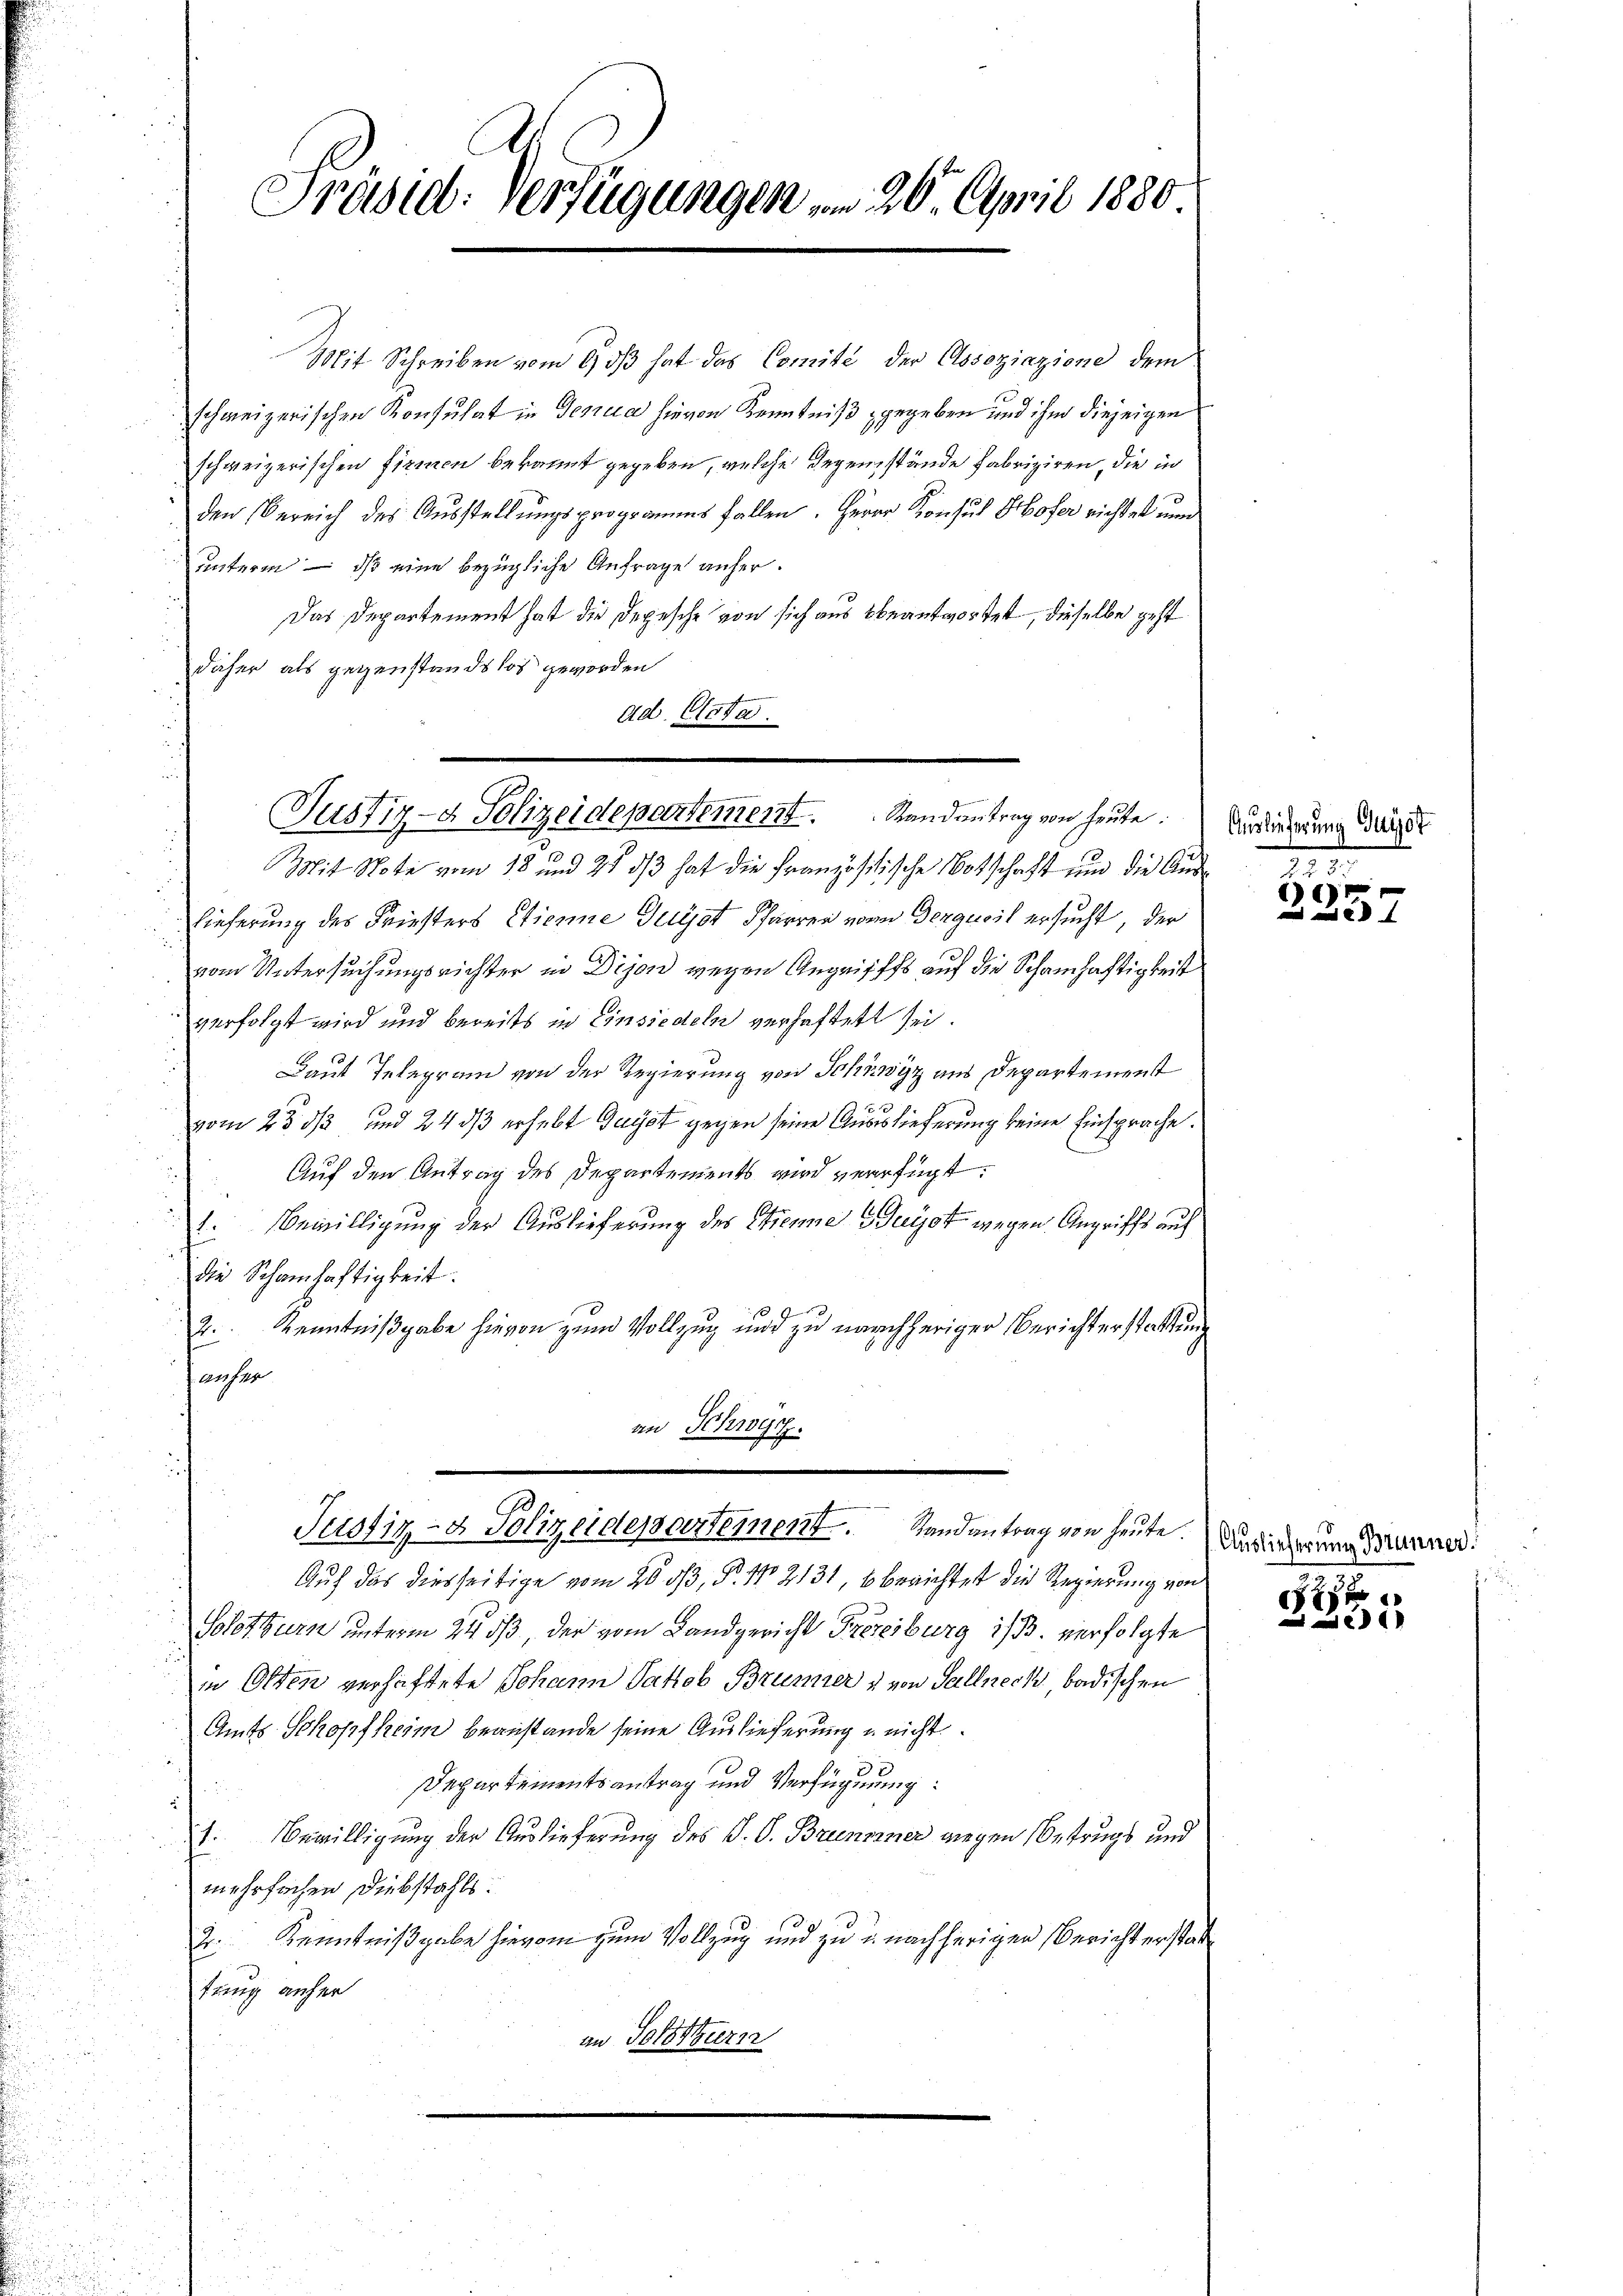
Präsid. Verfügungen vom 26. April 1880

Mit Schreiben vom 6. dβ hat das Comité der Assoziazione dem
schweizerischen Konsulat in Genua hievon Kenntniß gegeben und ihm diejeigen
schweizerischen Firmen bekannt gegeben, welche Gegenstände fabriziren, die in
den Bereich des Ausstellungsprogramms fallen. Herrn Konsul Hofer richtet und
unterm — daß eine bezügliche Anfrage anher.
Das Departement hat die Depesche von sich aus beantwortet, dieselbe geht
daher als gegenstandslos geworden
Ad. Urte
Mit Note vom 18 und 21 ds hat die Französische Botschaft und die Auslieferung des Friesters Etienne Guyst Pfarren von Derqueil ersucht, der
vom Untersuchungsrichter in Drien wegen Angriffes auf die Schamhaftigkeit
verfolgt wird und bereits in Einsiedeln verhaftett sei.
Laut Telegram von der Regierung von Schwyz aus Departement
u
vom 23. ds und 24 dß erhebt Gugst gegen seine Auslieferung keine Einsprache.
Auf den Antrag des Departements wird verfügt:
1. Bewilligung der Auslieferung des Strenne Geist wegen Angriffs auf
die Schamhaftigkeit.
2. Kenntnißgabe hievon zum Vollzug und zu nachheriger Berichterstattung
anfer
an Schwarz.
Justiz- & Polizeidepartement. Randantrag von heute
Auf das diesseitige vom 20. 33, P. Nr. 2131, 6 berichtet die Regierung von
.
Solothurn unterm 24. ds, der vom Landgericht Proreiburg ist. verfolgte
in Otten verhaftete Johann Sattob Brunner & von Sallneck badischen
Amts Schopfheim beanstande seine Auslieferung u nicht
Departementsantrag und Verfügung:
Bewilligung der Auslieferung des P. O. Brunner wiegen Betrugs und
t.
mehrfachen Diebstahls:
2. Kenntnißgabe hievon zum Vollzug und zu u. nachherigen Berichterstat
tuung anher
an Solothurn

Justiz- & Polizeidepartement. Randantrag von heŭte:

Auslieferun

)

st

Auslieferung Brunner

0 f 28 x
Die